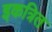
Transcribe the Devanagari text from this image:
इकत्रित